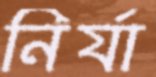
নির্যা